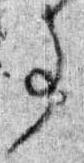
事